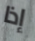
إذا